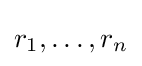
r_{1},\ldots ,r_{n}